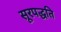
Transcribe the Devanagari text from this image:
सूरपद्धति